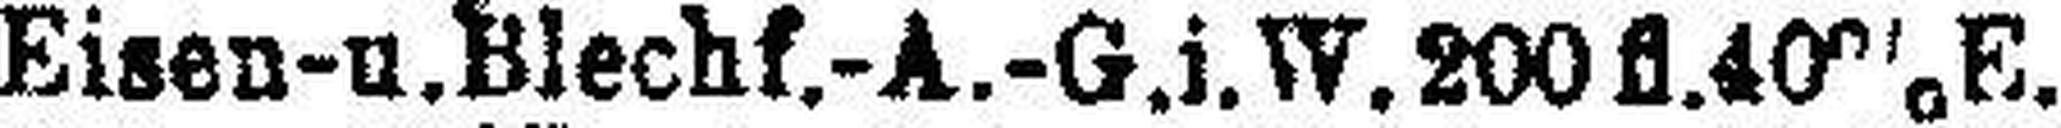
Eisen- u. Blechf.-A.-G.i.W.200fl.40%E.